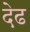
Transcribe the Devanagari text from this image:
देढ